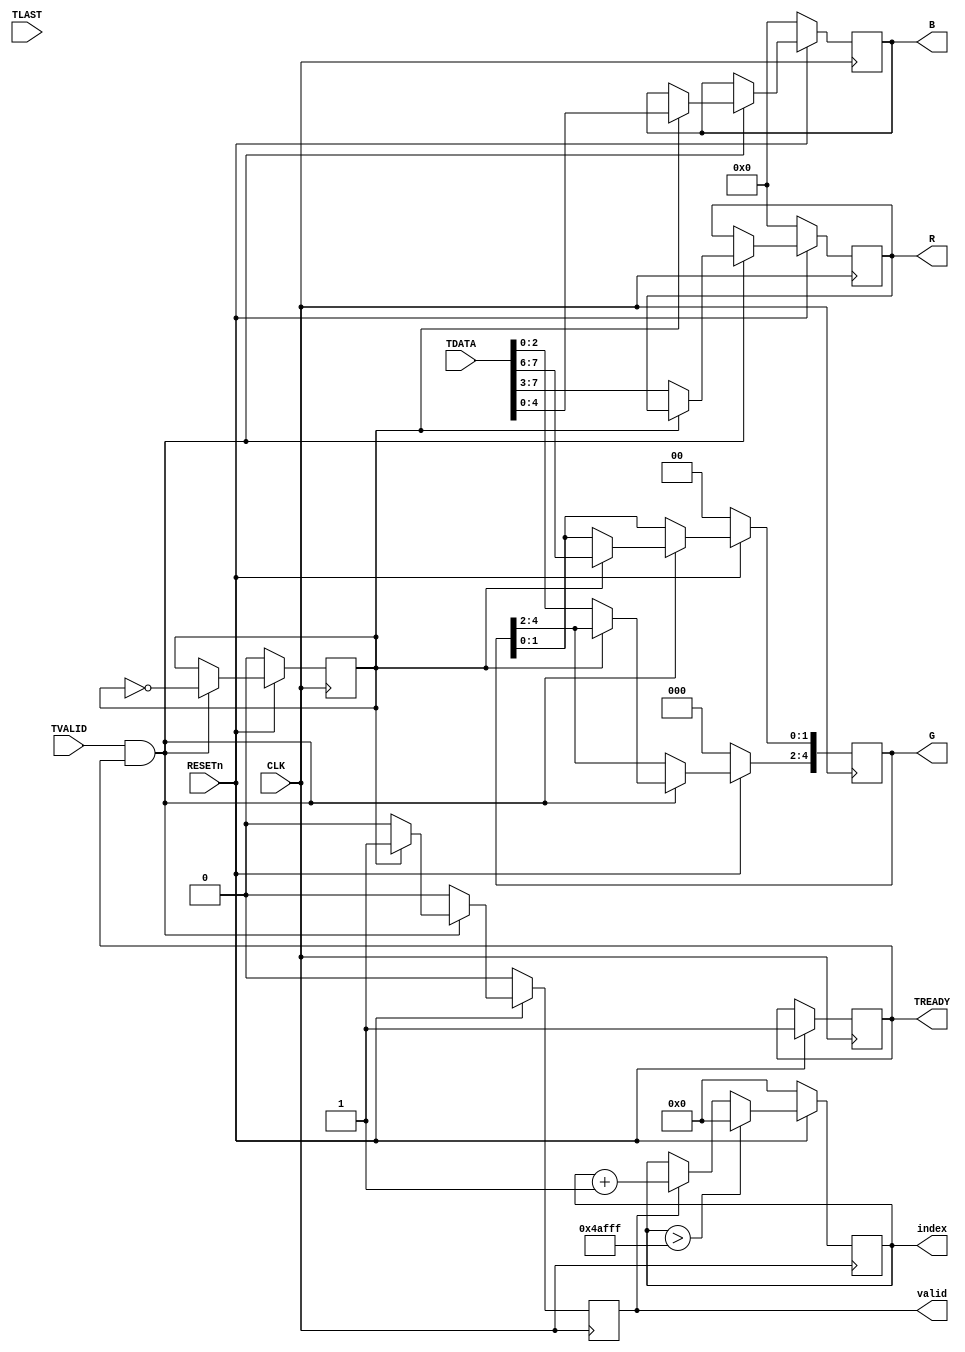
`timescale 1ns / 1ps

module axi2bram(
    input wire RESETn,
    input wire CLK,
    input wire [7:0]TDATA, 
    input wire TVALID,
    input wire TLAST,
    output reg TREADY,
    output reg [4:0]R,
    output reg [4:0]G,
    output reg [4:0]B,
    output reg [18:0]index,
    output wire valid
     );
   
	 reg toggle;
	 
	 //for verif
	 reg [7:0]data1,data2;
	 
	 reg we = 0;
	 assign valid = we;

	 
    initial begin
        R = 0;
        B = 0;
        G = 0;
        index = 0;
		  toggle = 0;
		  we = 0;
		  TREADY = 1;
    end

	
   always@(posedge CLK /*or negedge RESETn*/) begin
        if(~RESETn) begin
            R <= 0;
            B <= 0;
            G <= 0;
            //index <= 0;
            //toggle <= 0;
				we <= 0;
        end 
        else begin
           if(TVALID & TREADY)begin
					//index  <= (we) ? index + 1:index; 
					if(~toggle) begin
                    R[4:0] <= TDATA[7:3];
                    G[4:2] <= TDATA[2:0];
						  TREADY <= 1;
						  we <= 0;
				    data1 <= TDATA[7:0];
					end
					else begin
                    G[1:0] <= TDATA[7:6];
                    B[4:0] <= TDATA[4:0]; 
						  TREADY <= 1;
						  we <= 1;
                    data2 <= TDATA[7:0];
					end
           end
			  else begin
					//R <= 0;
					//B <= 0;
					//G <= 0;
					TREADY <= 1;
					we <= 0;  
			  end
         end
       end 

/*
always @(TDATA or RESETn) begin
	if(~RESETn) toggle = 0;
	else if(TVALID) toggle = ~toggle;
end
*/

always @(posedge CLK) begin
	if(~RESETn) toggle <= 0;
	else if(TREADY & TVALID) toggle <= ~toggle;
end

always @(posedge CLK) begin
	if(~RESETn) index <= 0;
	//else if(index > 307199) index <= 0;
	else if(index > 307199) index <= 0;
	else if(we) begin
	   index <= index + 1;
	end
end

endmodule